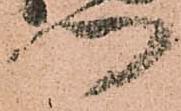
門